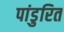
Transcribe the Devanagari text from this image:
पांडुरित